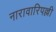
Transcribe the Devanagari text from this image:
नारावारिपल्ली